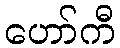
ဟော်ကီ